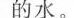
的水。